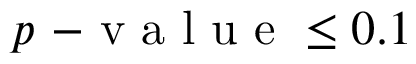
p \mathrm { ~ - ~ v ~ a ~ l ~ u ~ e ~ } \leq 0 . 1